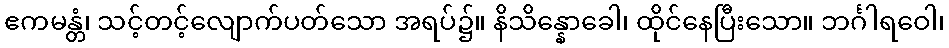
ဧကမန္တံ၊ သင့်တင့်လျောက်ပတ်သော အရပ်၌။ နိသိန္နောခေါ၊ ထိုင်နေပြီးသော။ ဘင်္ဂါရဝေါ၊